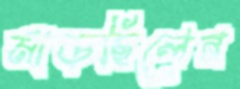
মাড়ছিলেন